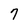
Character: 7